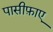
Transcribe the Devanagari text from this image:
पासीफ़ाए